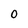
Character: 0